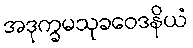
အဒုက္ခမသုခဝေဒနိယံ